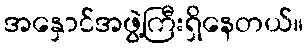
အနှောင်အဖွဲ့ကြီးရှိနေတယ်။